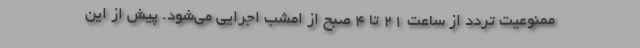
ممنوعیت تردد از ساعت ۲۱ تا ۴ صبح از امشب اجرایی می‌شود. پیش از این